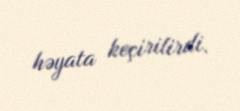
həyata keçirilirdi.